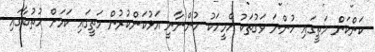
ކަންކަން މަތީގައި ހުންނަ ވަގުތަކު އެމީހަކު ހުންނާނީ އަޅުކަންކުރުން މަތީގައި ކަމަށް ހުތުބާގައި